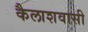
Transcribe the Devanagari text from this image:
कैलाशवासी